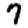
Digit: 7